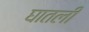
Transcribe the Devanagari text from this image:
घातलीं